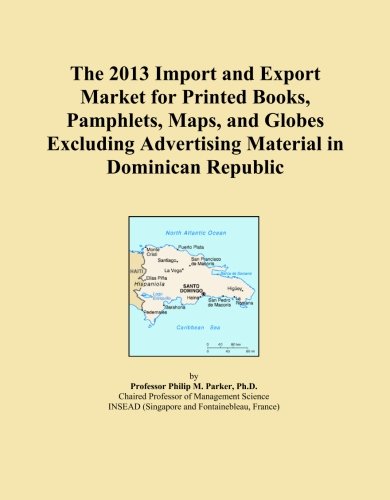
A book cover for The 2013 Import and Export Market for Printed Books, Pamphlets, Maps, and Globes Excluding Advertising Material in Dominican Republic; Icon Group International; Travel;